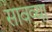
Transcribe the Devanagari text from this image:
सावव्या